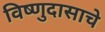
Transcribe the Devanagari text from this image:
विष्णुदासाचे